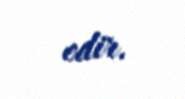
edir.